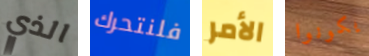
الذي فلنتحرك الأمر يكونوا